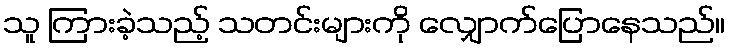
သူ ကြားခဲ့သည့် သတင်းများကို လျှောက်ပြောနေသည်။